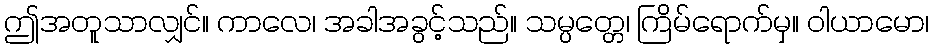
ဤအတူသာလျှင်။ ကာလေ၊ အခါအခွင့်သည်။ သမ္ပတ္တေ၊ ကြိမ်ရောက်မှ။ ဝါယာမော၊